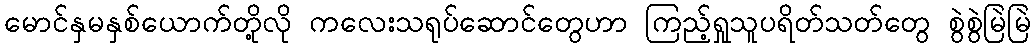
မောင်နှမနှစ်ယောက်တို့လို ကလေးသရုပ်ဆောင်တွေဟာ ကြည့်ရှုသူပရိတ်သတ်တွေ စွဲစွဲမြဲမြဲ